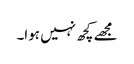
مجھے کچھ نہیں ہوا۔